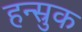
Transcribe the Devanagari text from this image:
हन्स्रुक